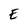
Character: E